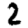
Digit: 2